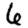
Digit: 6